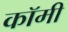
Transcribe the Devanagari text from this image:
कॉमी